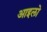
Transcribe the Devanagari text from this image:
आइलो